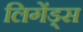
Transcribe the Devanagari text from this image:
लिगेंड्स